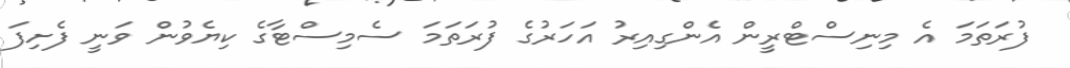
ފުރަތަމަ އެ މިނިސްޓްރީން އެންގިއިރު އަހަރުގެ ފުރަތަމަ ސެމިސްޓާގެ ކިޔެވުން ވަނީ ފެށިފަ